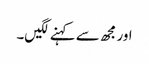
اور مجھ سے کہنے لگیں۔